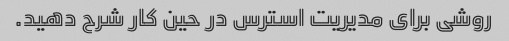
روشی برای مدیریت استرس در حین کار شرح دهید.